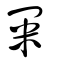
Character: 冞